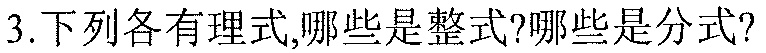
3.下列各有理式,哪些是整式?哪些是分式?